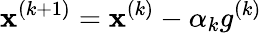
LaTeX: \mathbf{x}^{(k+1)}=\mathbf{x}^{(k)}-\alpha_{k}g^{(k)}